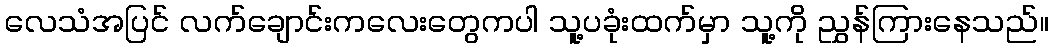
လေသံအပြင် လက်ချောင်းကလေးတွေကပါ သူ့ပခုံးထက်မှာ သူ့ကို ညွှန်ကြားနေသည်။